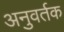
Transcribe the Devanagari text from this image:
अनुवर्तक